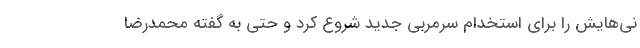
نی‌هایش را برای استخدام سرمربی جدید شروع کرد و حتی به گفته محمدرضا